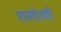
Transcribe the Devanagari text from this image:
रामशेजची